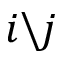
i \backslash j